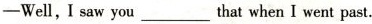
—Wel , I saw you that___ when I went past.